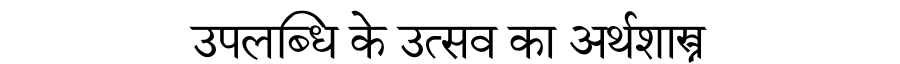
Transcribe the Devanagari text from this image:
उपलब्धि के उत्सव का अर्थशास्त्र